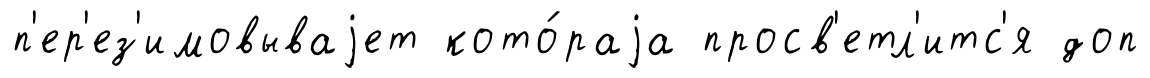
п'ер'ез'имовываjет кото́раjа просв'етл'итс'я доп